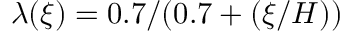
\lambda ( \xi ) = 0 . 7 / ( 0 . 7 + ( \xi / H ) )